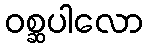
ဝစ္ဆပါလော